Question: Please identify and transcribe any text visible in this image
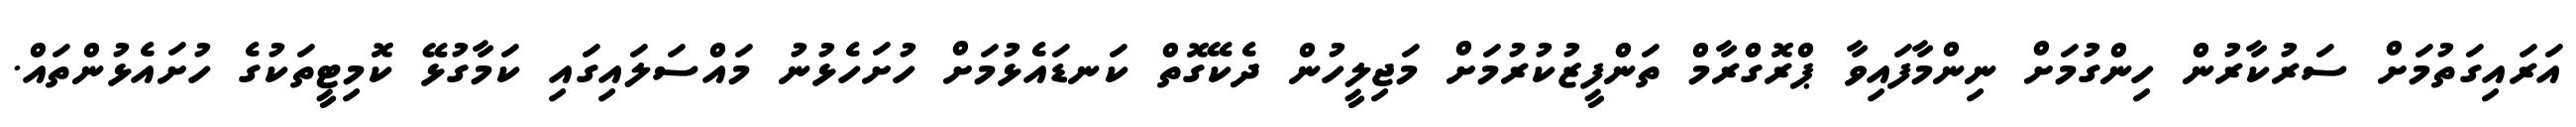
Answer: އަރައިގަތުމަށް ސަރުކާރުން ހިންގުމަށް ނިންމާފައިވާ ޕްރޮގްރާމް ތަންފީޒުކުރުމަށް މަޖިލީހުން ދެކޭގޮތް ކަނޑައެޅުމަށް ހުށަހެޅުނު މައްސަލައިގައި ކަމާގުޅޭ ކޮމިޓީތަކުގެ ހުށައެޅުންތައް.